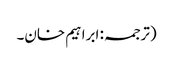
(ترجمہ: ابراہیم خان۔